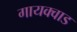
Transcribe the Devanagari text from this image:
गायक्वाड